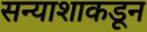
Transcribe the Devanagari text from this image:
सन्याशाकडून